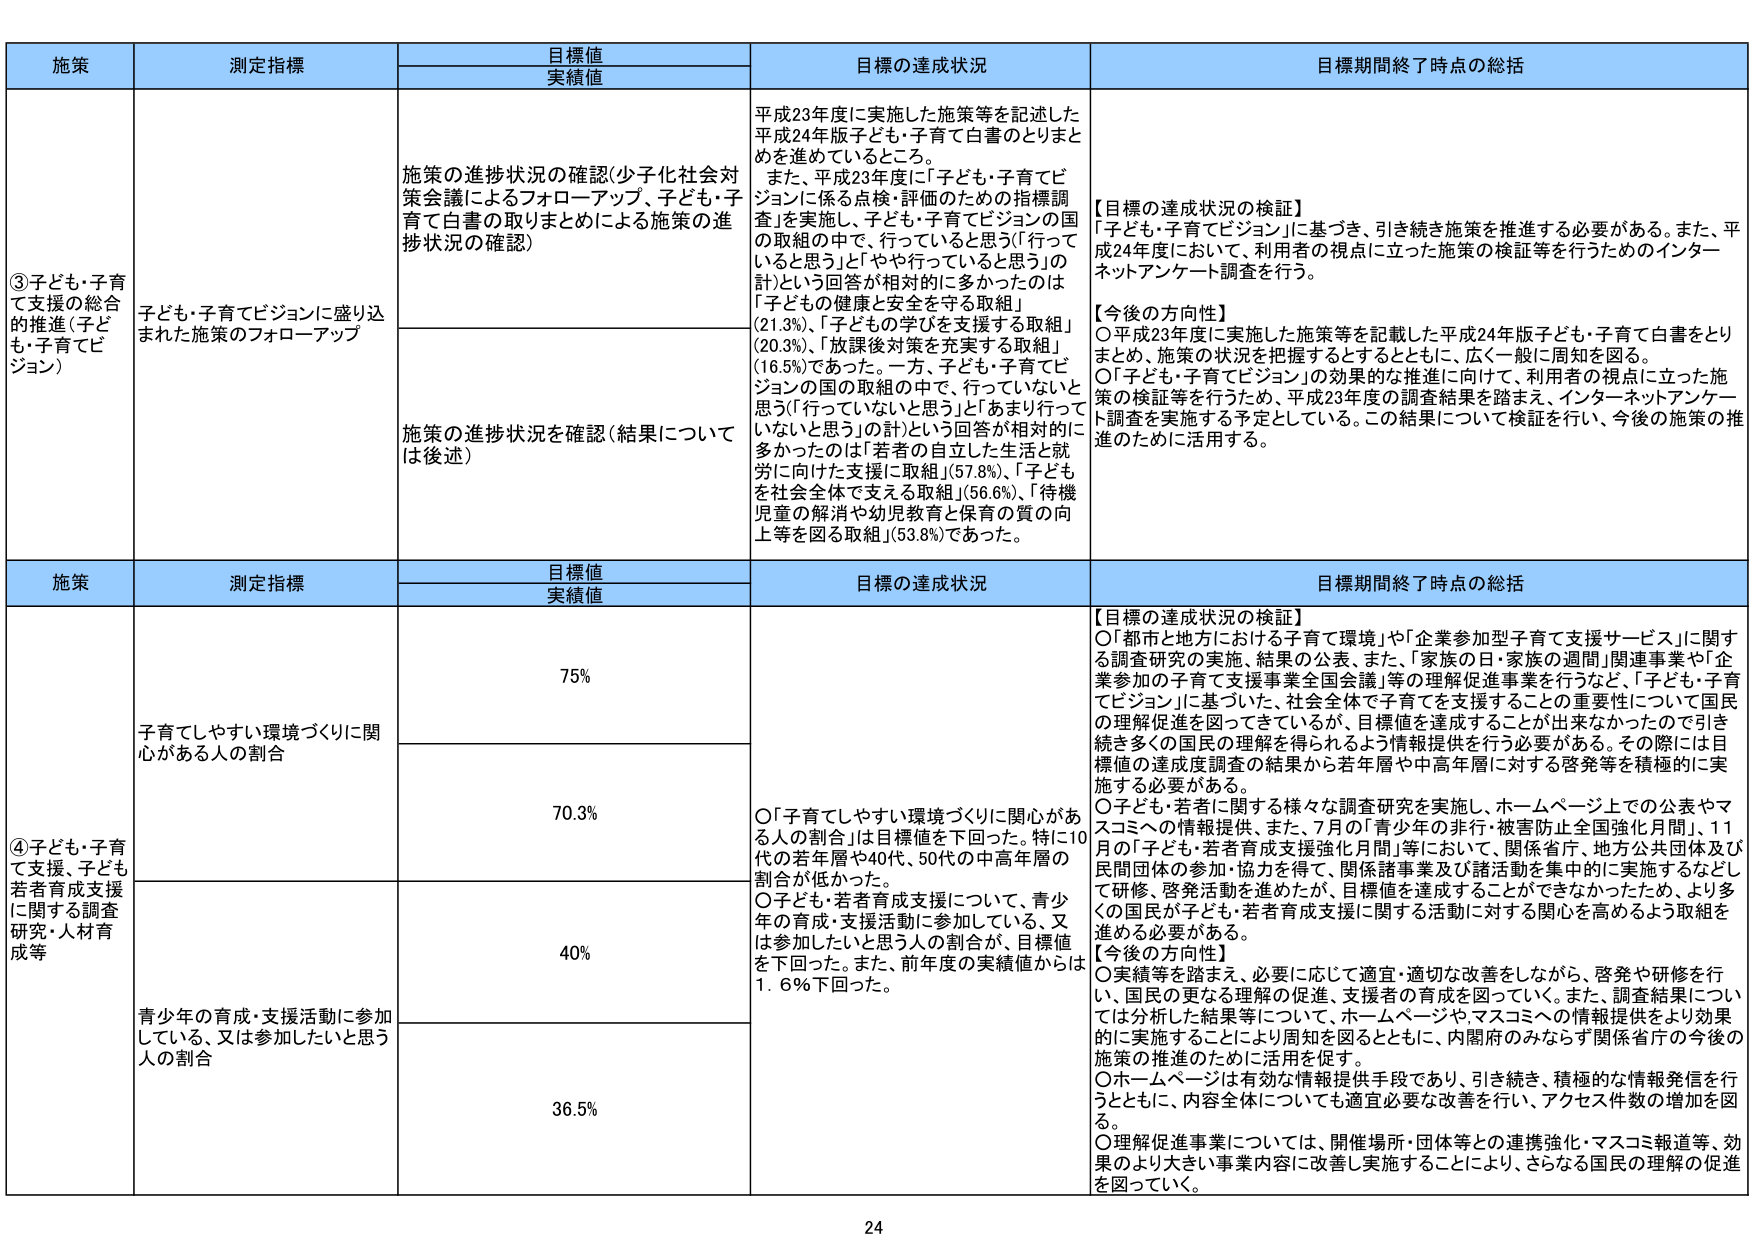
施策 測定指標 目標値 実績値 目標の達成状況 目標期間終了時点の総括 ③子ども・子育て支援の総合的推進（子ども・子育てビジョン） 子ども・子育てビジョンに盛り込まれた施策のフォローアップ 施策の進捗状況の確認（少子化社会対策会議によるフォローアップ、子ども・子育て白書の取りまとめによる施策の進捗状況の確認） 平成23年度に実施した施策等を記述した平成24年版子ども・子育て白書のとりまとめを進めているところ。 また、平成23年度に「子ども・子育てビジョンに係る点検・評価のための指標調査」を実施し、子ども・子育てビジョンの国 の取組の中で、行っていると思う（「行っていると思う」と「やや行っていると思う」の計）という回答が相対的に多かったのは 「子どもの健康と安全を守る取組」（21.3%）、「子どもの学びを支援する取組」（20.3%）、「放課後対策を充実する取組」（16.5%）であった。一方、子ども・子育てビジョンの国の取組の中で、行っていないと思う（「行っていないと思う」と「あまり行っていないと思う」の計）という回答が相対的に多かったのは「若者の自立した生活と就労に向けた支援に取組」（57.8%）、「子どもを社会全体で支える取組」（56.6%）、「待機児童の解消や幼児教育と保育の質の向上等を図る取組」（53.8%）であった。 【目標の達成状況の検証】 「子ども・子育てビジョン」に基づき、引き続き施策を推進する必要がある。また、平成24年度において、利用者の視点に立った施策の検証等を行うためのインターネットアンケート調査を行う。 【今後の方針】 ○平成23年度に実施した施策等を記載した平成24年版子ども・子育て白書をとりまとめ、施策の状況を把握するとともに、広く一般に周知を図る。 ○「子ども・子育てビジョン」の効果的な推進に向け、利用者の視点に立った施策の検証等を行うため、平成23年度の調査結果を踏まえ、インターネットアンケート調査を実施する予定としている。この結果について検証を行い、今後の施策の推進のために活用する。 施策 測定指標 目標値 実績値 目標の達成状況 目標期間終了時点の総括 ④子ども・子育て支援、子ども若者育成支援に関する調査研究・人材育成等 子育てしやすい環境づくりに関心がある人の割合 75% 【目標の達成状況の検証】 ○「都市と地方における子育て環境」や「企業参加型子育て支援サービス」に関する調査研究の実施、結果の公表、また、「家族の日・家族の週間」関連事業や「企業参加の子育て支援事業全国会議」等の理解促進事業を行うなど、「子ども・子育てビジョン」に基づいた、社会全体で子育てを支援することの重要性について国民の理解促進を図ってきているが、目標値を達成することが出来なかったので引き続き多くの国民の理解を得られるよう情報提供を行う必要がある。その際には目標値の達成度調査の結果から若年層や中高年層に対する啓発等を積極的に実施する必要がある。 ○子ども・若者に関する様々な調査研究を実施し、ホームページ上での公表やマスコミへの情報提供、また、7月の「青少年の日・被害防止全国強化月間」、11月の「子ども・若者育成支援強化月間」等において、関係省庁、地方公共団体及び民間団体の参加・協力を得て、関係諸事業及び諸活動を集中的に実施するなどして研修、啓発活動を進めており、目標値を達成することができなかったため、より多くの国民が子ども・若者育成支援に関する活動に対する関心を高めるよう取組を進める必要がある。 【今後の方針】 ○実績等を踏まえ、必要に応じて適宜・適切な改善をしながら、啓発や研修を行い、国民の更なる理解の促進、支援者の育成を図っていく。また、調査結果については分析した結果等について、ホームページやマスコミへの情報提供をより効果的に実施することにより周知を図るとともに、内閣府のみならず関係省庁の今後の施策の推進のために活用を促す。 ○ホームページは有効な情報提供手段であり、引き続き、積極的な情報発信を行うとともに、内容全体についても適宜必要な改善を行い、アクセス件数の増加を図る。 ○理解促進事業については、開催場所・団体等との連携強化・マスコミ報道等、効果のより大きい事業内容に改善し実施することにより、さらなる国民の理解の促進を図っていく。 70.3% ○「子育てしやすい環境づくりに関心がある人の割合」は目標値を下回った。特に10代の若年層や40代、50代の中高年層の割合が低かった。 ○子ども・若者育成支援について、青少年の育成・支援活動に参加している、又は参加したいと思う人の割合が、目標値を下回った。また、前年度の実績値からは1.6％下回った。 青少年の育成・支援活動に参加している、又は参加したいと思う人の割合 40% 36.5% 24